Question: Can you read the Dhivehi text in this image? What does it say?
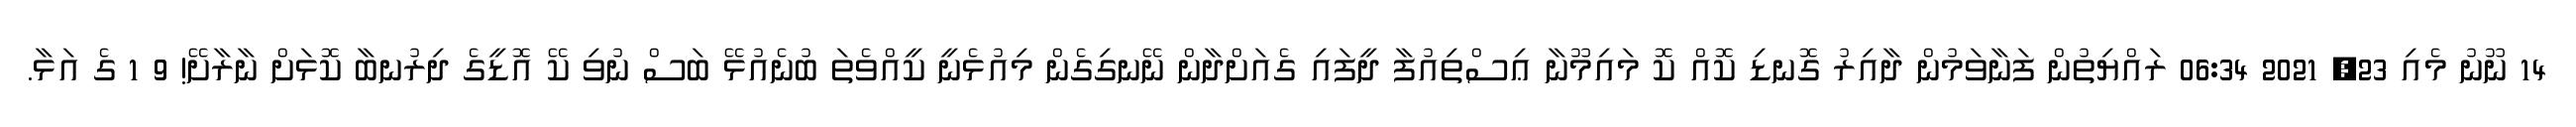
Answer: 14 ނޫނު މެއި 23, 2021 06:34 ރައްޔިތުން ފަނާވަމުން ދާއިރު ގޮނޑި ކޮއް ކޮ މައިމޫނާ ޢިސްތިއުފާ ދީފައި ގެއަށްދާން ނޭނގިގެން މިއުޅެނީ ކީއްވެތަ ބުނެއުޅޭ ބަސް ނުވި ކޭ އޮޑީގެ ދިރުނބާ ކޮޅަށް ނާރާށޭ! 9 1 ގެ އަޅާ.